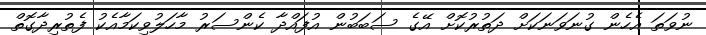
ނުވަތަ އެހެން ގުނަވަނަކަށް ދަތުރުކޮށް އޭގެ ސަބަބުން އުފައްދާ ކެންސަރު މާހަލުވިކަމާއެކު ފެތުރިދާގޮތް